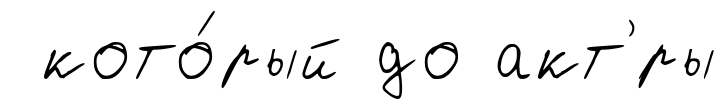
кото́рый до акт'́ры